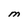
Character: M